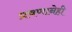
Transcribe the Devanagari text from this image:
प्रवणानेही